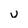
Character: u